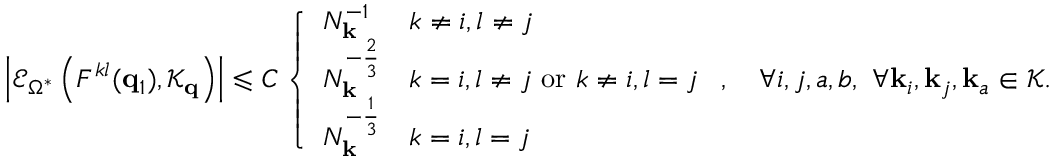
\left| \mathcal { E } _ { \Omega ^ { * } } \left( F ^ { k l } ( \mathbf { q } _ { 1 } ) , \mathcal { K } _ { \mathbf { q } } \right) \right| \leqslant C \left\{ \begin{array} { l l } { N _ { \mathbf { k } } ^ { - 1 } } & { k \neq i , l \neq j } \\ { N _ { \mathbf { k } } ^ { - \frac 2 3 } } & { k = i , l \neq j \mathrm { ~ o r ~ } k \neq i , l = j } \\ { N _ { \mathbf { k } } ^ { - \frac 1 3 } } & { k = i , l = j } \end{array} \right. , \quad \forall i , j , a , b , \ \forall \mathbf { k } _ { i } , \mathbf { k } _ { j } , \mathbf { k } _ { a } \in \mathcal { K } .